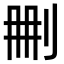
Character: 𠛹